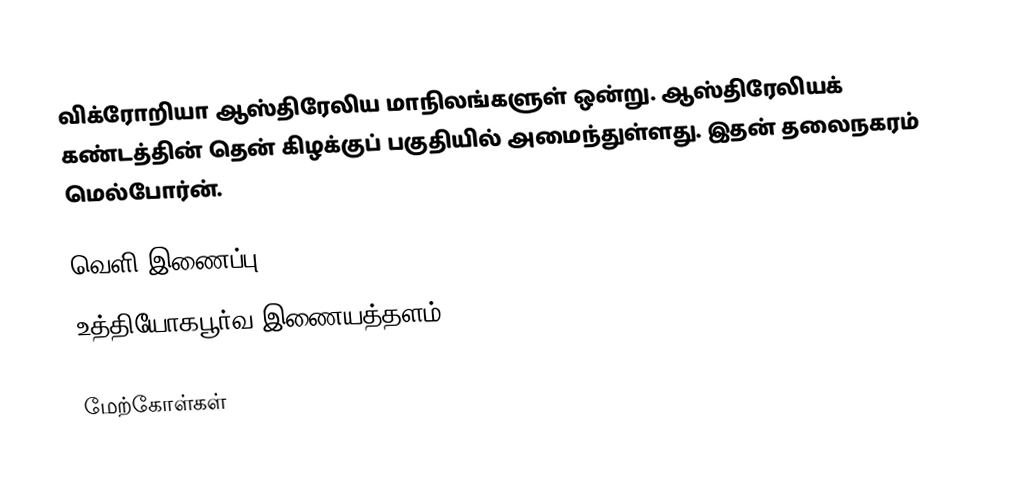
விக்ரோறியா ஆஸ்திரேலிய மாநிலங்களுள் ஒன்று. ஆஸ்திரேலியக் கண்டத்தின் தென் கிழக்குப் பகுதியில் அமைந்துள்ளது. இதன் தலைநகரம் மெல்போர்ன்.

வெளி இணைப்பு
 உத்தியோகபூர்வ இணையத்தளம்

மேற்கோள்கள்